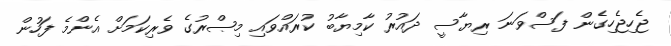
ޖެހިޖެހިގެން ފަސްވަނަ ރިޔާސީ ދައުރު ކާމިޔާބު ކުރައްވައި މިޞްރުގެ ވެރިކަމަށް އެންމެ ފަހުން